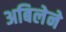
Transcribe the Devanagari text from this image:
अबिलेने